Indian Civil Veterinary Department memoirs
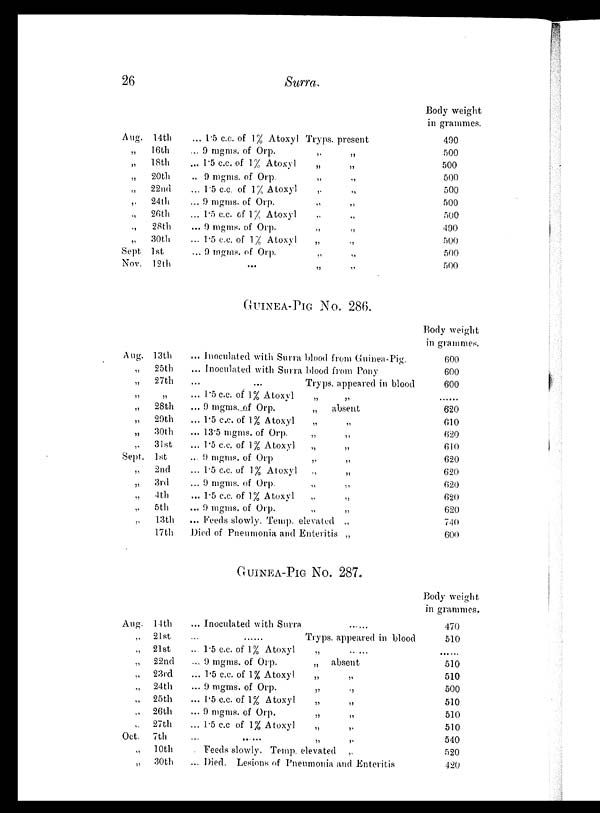
26
Surra.
Aug.14th
„
16th
„
18th
„
20th
„ 22nd
„
24th
„ 26th
„
28th
„
30th
Sept. 1st
Nov. 12th
... 1.5 c.c. of 1% Atoxyl Tryps. present
... 9 mgms. of Orp. „ „
... 1.5 c.c. of 1% Atoxyl „ „
... 9 mgms. of Orp.
„
„
... 1.5 c.c. of 1% Atoxyl „ „
... 9 mgms. of Orp. „ „
... 1.5 c.c. of 1% Atoxyl „ „
... 9 mgms. of Orp. „ „
... 1.5 c.c. of 1% Atoxyl „ „
... 9 mgms. of Orp. „ „
... „ „
Body weight
in grammes.
490
500
500
500
500
500
500
490
500
500
500
GUINEA-PIG NO. 286.
Aug. 13th
„
25th
„
27th
„ „
„
28th
„
29th
„
30th
„ 31st
Sept. 1st
„
2nd
„
3rd
„
4th
„
5th
„
13th
„ 17th
... Inoculated with Surra blood from Guinea-Pig.
... Inoculated with Surra blood from Pony
...
...
Tryps. appeared in blood
... 1.5 c.c. of 1% Atoxyl „ „
... 9 mgms. of Orp.
„ absent
... 1.5 c.c. of 1% Atoxyl „ „
... 13.5 mgms. of Orp. „ „
... 1.5 c.c. of 1% Atoxyl „ „
... 9 mgms. of Orp „ „
... 1.5 c.c. of 1% Atoxyl „ „
... 9 mgms. of Orp.
„
„
... 1.5 c.c. of 1% Atoxyl
„
„
... 9 mgms. of Orp. „ „
... Feeds slowly. Temp. elevated „
Died of Pneumonia and Enteritis „
Body weight
in grammes.
600
600
600
620
610
620
610
620
620
620
620
620
740
600
GUINEA-PIG NO. 287.
Aug.14th
„ 21st
„ 21st
„ 22nd
„ 23rd
„ 24th
„ 25th
„ 26th
„ 27th
Oct. 7th
„ 10th
„ 30th
... Inoculated with Surra ......
... ...... Tryps. appeared in blood
... 1.5 c.c. of 1% Atoxyl
„
.....
... 9 mgms. of Orp.
„ absent
... 1.5 c.c. of 1% Atoxyl „ „
... 9 mgms. of Orp. „ „
... 1.5 c.c. of 1% Atoxyl „ „
... 9 mgms. of Orp. „ „
... 1.5 c.c. of 1% Atoxyl „ „
... ... ... „ „
... Feeds slowly. Temp. elevated „
... Died. Lesions of Pneumonia and Enteritis
Body weight
in grammes.
470
510
......
510
510
500
510
510
510
540
520
420